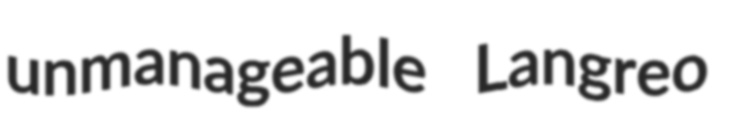
unmanageable Langreo